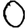
Digit: 0